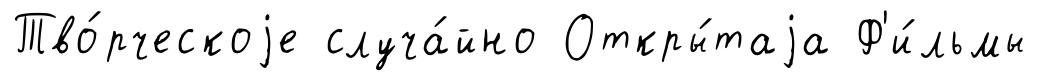
Тво́рческоjе случа́йно Откры́таjа Ф'и́льмы